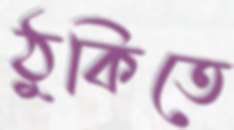
ঠুকিতে